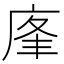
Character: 𢈦